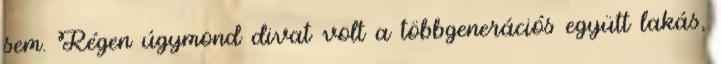
sem. Régen úgymond divat volt a többgenerációs együtt lakás,